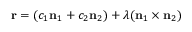
\mathbf { r } = ( c _ { 1 } \mathbf { n } _ { 1 } + c _ { 2 } \mathbf { n } _ { 2 } ) + \lambda ( \mathbf { n } _ { 1 } \times \mathbf { n } _ { 2 } )